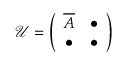
\mathcal { U } = \left( \begin{array} { c c } { \overline { { A } } } & { \bullet } \\ { \bullet } & { \bullet } \end{array} \right)